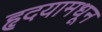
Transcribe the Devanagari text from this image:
हृदयामधून